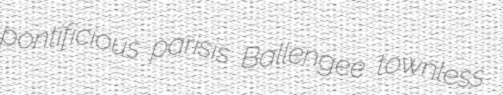
pontificious parisis Ballengee townless